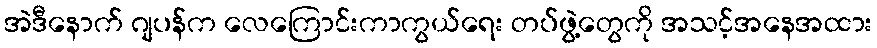
အဲဒီနောက် ဂျပန်က လေကြောင်းကာကွယ်ရေး တပ်ဖွဲ့တွေကို အသင့်အနေအထား